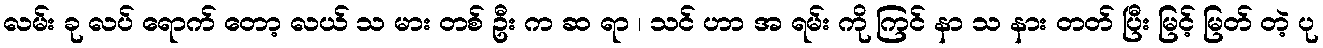
လမ်း ခု လပ် ရောက် တော့ လယ် သ မား တစ် ဦး က ဆ ရာ ၊ သင် ဟာ အ ရမ်း ကို ကြင် နာ သ နား တတ် ပြီး မြင့် မြတ် တဲ့ ပု